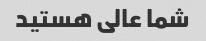
شما عالی هستید